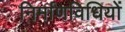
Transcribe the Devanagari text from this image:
निर्माणविधियों